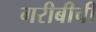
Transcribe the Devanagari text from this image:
गरीबीची